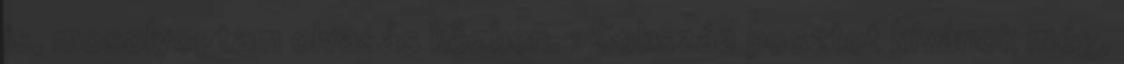
is, mosolyogtam olvasás közben. : Sokszáz posztot kívánok még,